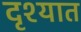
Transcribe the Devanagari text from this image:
दृश्यात